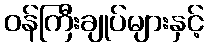
ဝန်ကြီးချုပ်များနှင့်